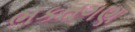
ભકતગણ